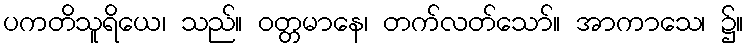
ပကတိသူရိယေ၊ သည်။ ဝတ္တမာနေ၊ တက်လတ်သော်။ အာကာသေ၊ ၌။